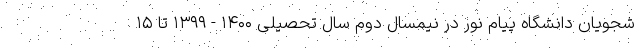
شجویان دانشگاه پیام نور در نیمسال دوم سال تحصیلی ۱۴۰۰ - ۱۳۹۹ تا ۱۵